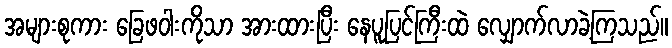
အများစုကား ခြေဖဝါးကိုသာ အားထားပြီး နေပူပြင်ကြီးထဲ လျှောက်လာခဲ့ကြသည်။